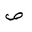
Letter: _sad